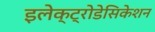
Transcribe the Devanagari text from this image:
इलेक्ट्रोडेसिकेशन